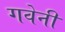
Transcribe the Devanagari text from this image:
गवेनी